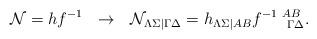
LaTeX: \begin{align*}{\cal N}=hf^{-1}~~\rightarrow~~ {\cal N}_{\Lambda\Sigma|\Gamma\Delta}=h_{\Lambda\Sigma|AB}f^{-1~AB}_{~~~~~\Gamma\Delta}.\end{align*}